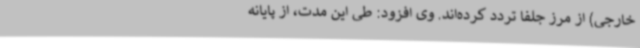
خارجی) از مرز جلفا تردد کرده‌اند. وی افزود: طی این مدت، از پایانه